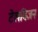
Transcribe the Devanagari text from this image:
टेलविजन